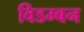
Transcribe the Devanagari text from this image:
विडम्बन